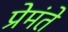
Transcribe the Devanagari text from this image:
प्रेमंते